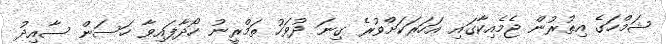
ޝަމްހަގެ އިތުރުން ޖެމެއިކާގައި އަހަރަކަށްވުރެ ގިނަ ދުވަހު ތަމްރީނު ހޯދާފައިވާ ހަސަން ސާއިދު